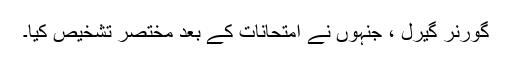
گورنر گیرل ، جنہوں نے امتحانات کے بعد مختصر تشخیص کیا۔